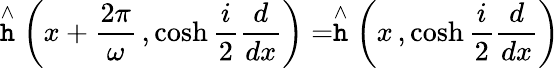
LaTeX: \stackrel{\wedge}{\mathtt{h}}\left(x+\frac{{2\pi}}{{\omega}}\, ,\cosh\frac{{i}}{{2}}\frac{{d}}{{dx}}\right)=\stackrel{\wedge}{\mathtt{h}}\left(x\, ,\cosh\frac{{i}}{{2}}\frac{{d}}{{dx}}\right)